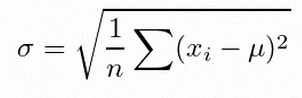
\sigma=\sqrt{\frac1n\sum(x_i-\mu)^2}